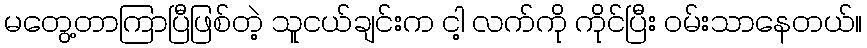
မတွေ့တာကြာပြီဖြစ်တဲ့ သူငယ်ချင်းက ငါ့ လက်ကို ကိုင်ပြီး ဝမ်းသာနေတယ်။